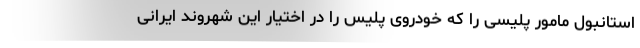
استانبول مامور پلیسی را که خودروی پلیس را در اختیار این شهروند ایرانی